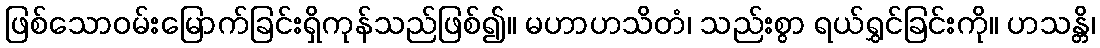
ဖြစ်သောဝမ်းမြောက်ခြင်းရှိကုန်သည်ဖြစ်၍။ မဟာဟသိတံ၊ သည်းစွာ ရယ်ရွှင်ခြင်းကို။ ဟသန္တိ၊